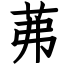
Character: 茀